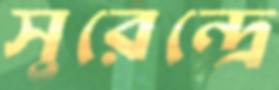
সুরেন্দ্রে